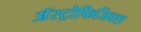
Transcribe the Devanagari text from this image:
अॅस्ट्रोफिजिक्स